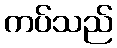
ကပ်သည်